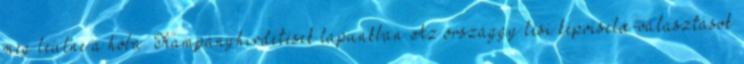
meg leülne a hóba. Kampányhirdetések lapunkban Az országgyılési képviselœ-választások